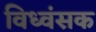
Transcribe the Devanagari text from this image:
विध्‍वंसक